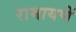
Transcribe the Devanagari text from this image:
रामायणें